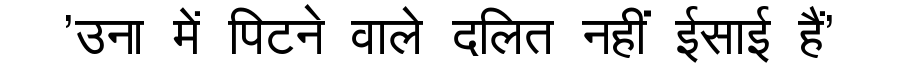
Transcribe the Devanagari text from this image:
'उना में पिटने वाले दलित नहीं ईसाई हैं'